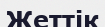
Жеттік